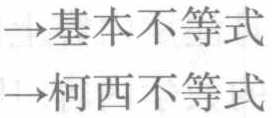
$\rightarrow$基本不等式\\
$\rightarrow$柯西不等式